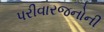
પરીવારજનોની